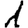
Digit: 1